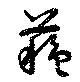
蘇